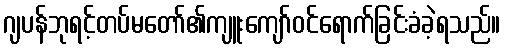
ဂျပန်ဘုရင့်တပ်မတော်၏ကျူးကျော်ဝင်ရောက်ခြင်းခံခဲ့ရသည်။